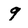
Character: 9